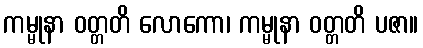
ကမ္မုနာ ဝတ္တတိ လောကော၊ ကမ္မုနာ ဝတ္တတိ ပဇာ။